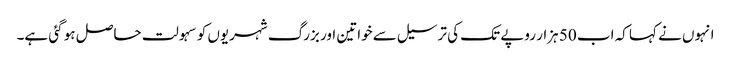
انہوں نے کہا کہ اب 50 ہزار روپے تک کی ترسیل سے خواتین اور بزرگ شہریوں کو سہولت حاصل ہو گئی ہے۔